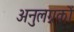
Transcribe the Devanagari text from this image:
अनुलग्नकों